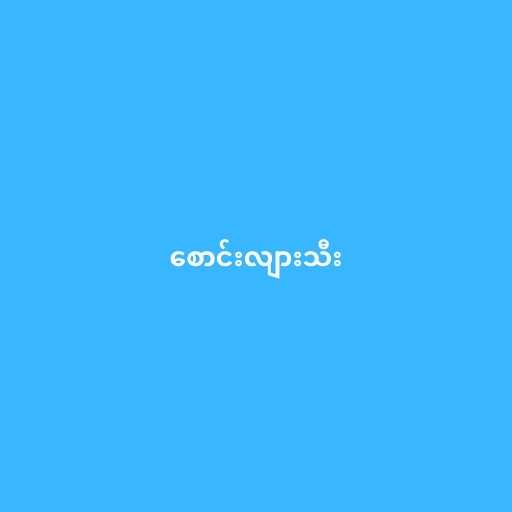
စောင်းလျားသီး